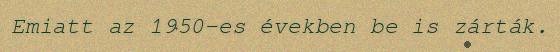
Emiatt az 1950-es években be is zárták.